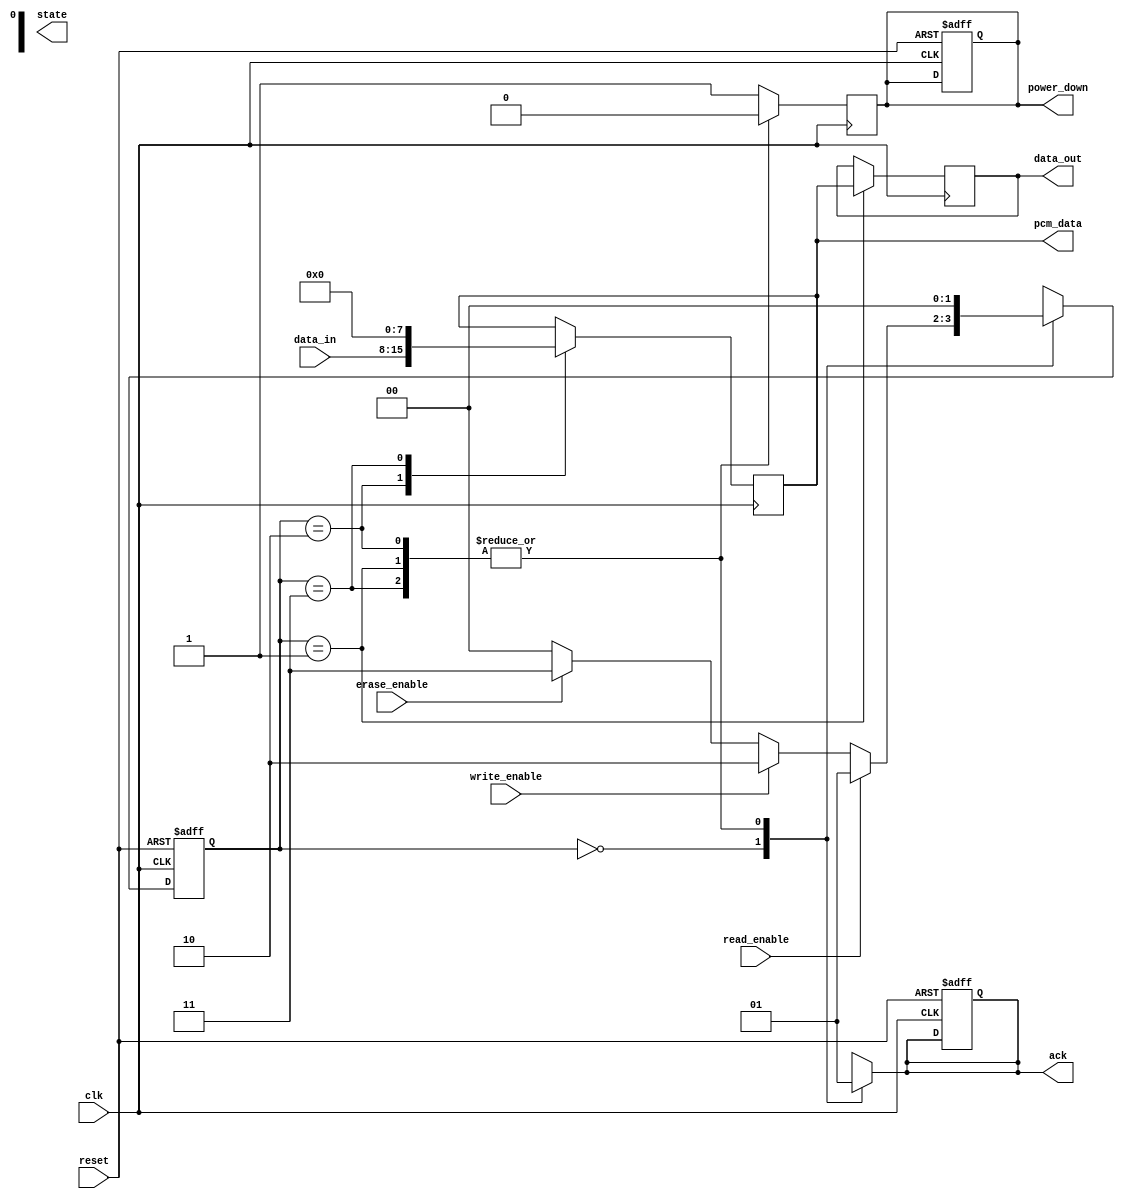
module PCM_IO_Block (
    input wire clk,                // System clock
    input wire reset,              // Reset signal
    input wire [DATA_WIDTH-1:0] data_in, // Data input
    output reg [DATA_WIDTH-1:0] data_out, // Data output
    input wire read_enable,        // Read enable signal
    input wire write_enable,       // Write enable signal
    input wire erase_enable,       // Erase enable signal
    output reg ack,                // Acknowledge signal
    output reg [DATA_WIDTH-1:0] pcm_data, // PCM data interface
    output reg power_down,         // Power management signal
    output reg [1:0] state         // State output for debugging
);

parameter DATA_WIDTH = 8; // Define data bus width
parameter IDLE = 2'b00, READ = 2'b01, WRITE = 2'b10, ERASE = 2'b11;

reg [1:0] current_state, next_state;
reg [DATA_WIDTH-1:0] buffer; // Buffer for data

// State machine for control logic
always @(posedge clk or posedge reset) begin
    if (reset) begin
        current_state <= IDLE;
        ack <= 0;
        power_down <= 1; // Start in power down mode
    end else begin
        current_state <= next_state;
    end
end

// Next state logic
always @(*) begin
    case (current_state)
        IDLE: begin
            ack = 0;
            if (read_enable) begin
                next_state = READ;
            end else if (write_enable) begin
                next_state = WRITE;
            end else if (erase_enable) begin
                next_state = ERASE;
            end else begin
                next_state = IDLE;
            end
        end
        READ: begin
            ack = 1;
            next_state = IDLE;
        end
        WRITE: begin
            ack = 1;
            next_state = IDLE;
        end
        ERASE: begin
            ack = 1;
            next_state = IDLE;
        end
        default: next_state = IDLE;
    endcase
end

// Data handling
always @(posedge clk) begin
    case (current_state)
        READ: begin
            data_out <= pcm_data; // Read data from PCM
            power_down <= 0; // Exit power down mode
        end
        WRITE: begin
            pcm_data <= data_in; // Write data to PCM
            power_down <= 0; // Exit power down mode
        end
        ERASE: begin
            pcm_data <= 0; // Erase data in PCM
            power_down <= 0; // Exit power down mode
        end
        default: begin
            power_down <= 1; // Enter power down mode
        end
    endcase
end

// Voltage level shifter (simplified)
always @(posedge clk) begin
    // Example of level shifting logic (to be implemented as per requirements)
    // This is a placeholder for actual level shifting logic
end

// Write driver circuit (simplified)
always @(posedge clk) begin
    // Example of write driver logic (to be implemented as per requirements)
    // This is a placeholder for actual write driver logic
end

// Read amplifier (simplified)
always @(posedge clk) begin
    // Example of read amplifier logic (to be implemented as per requirements)
    // This is a placeholder for actual read amplifier logic
end

endmodule